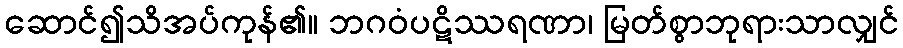
ဆောင်၍သိအပ်ကုန်၏။ ဘဂဝံပဋိဿရဏာ၊ မြတ်စွာဘုရားသာလျှင်